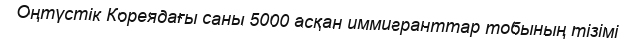
Оңтүстік Кореядағы саны 5000 асқан иммигранттар тобының тізімі